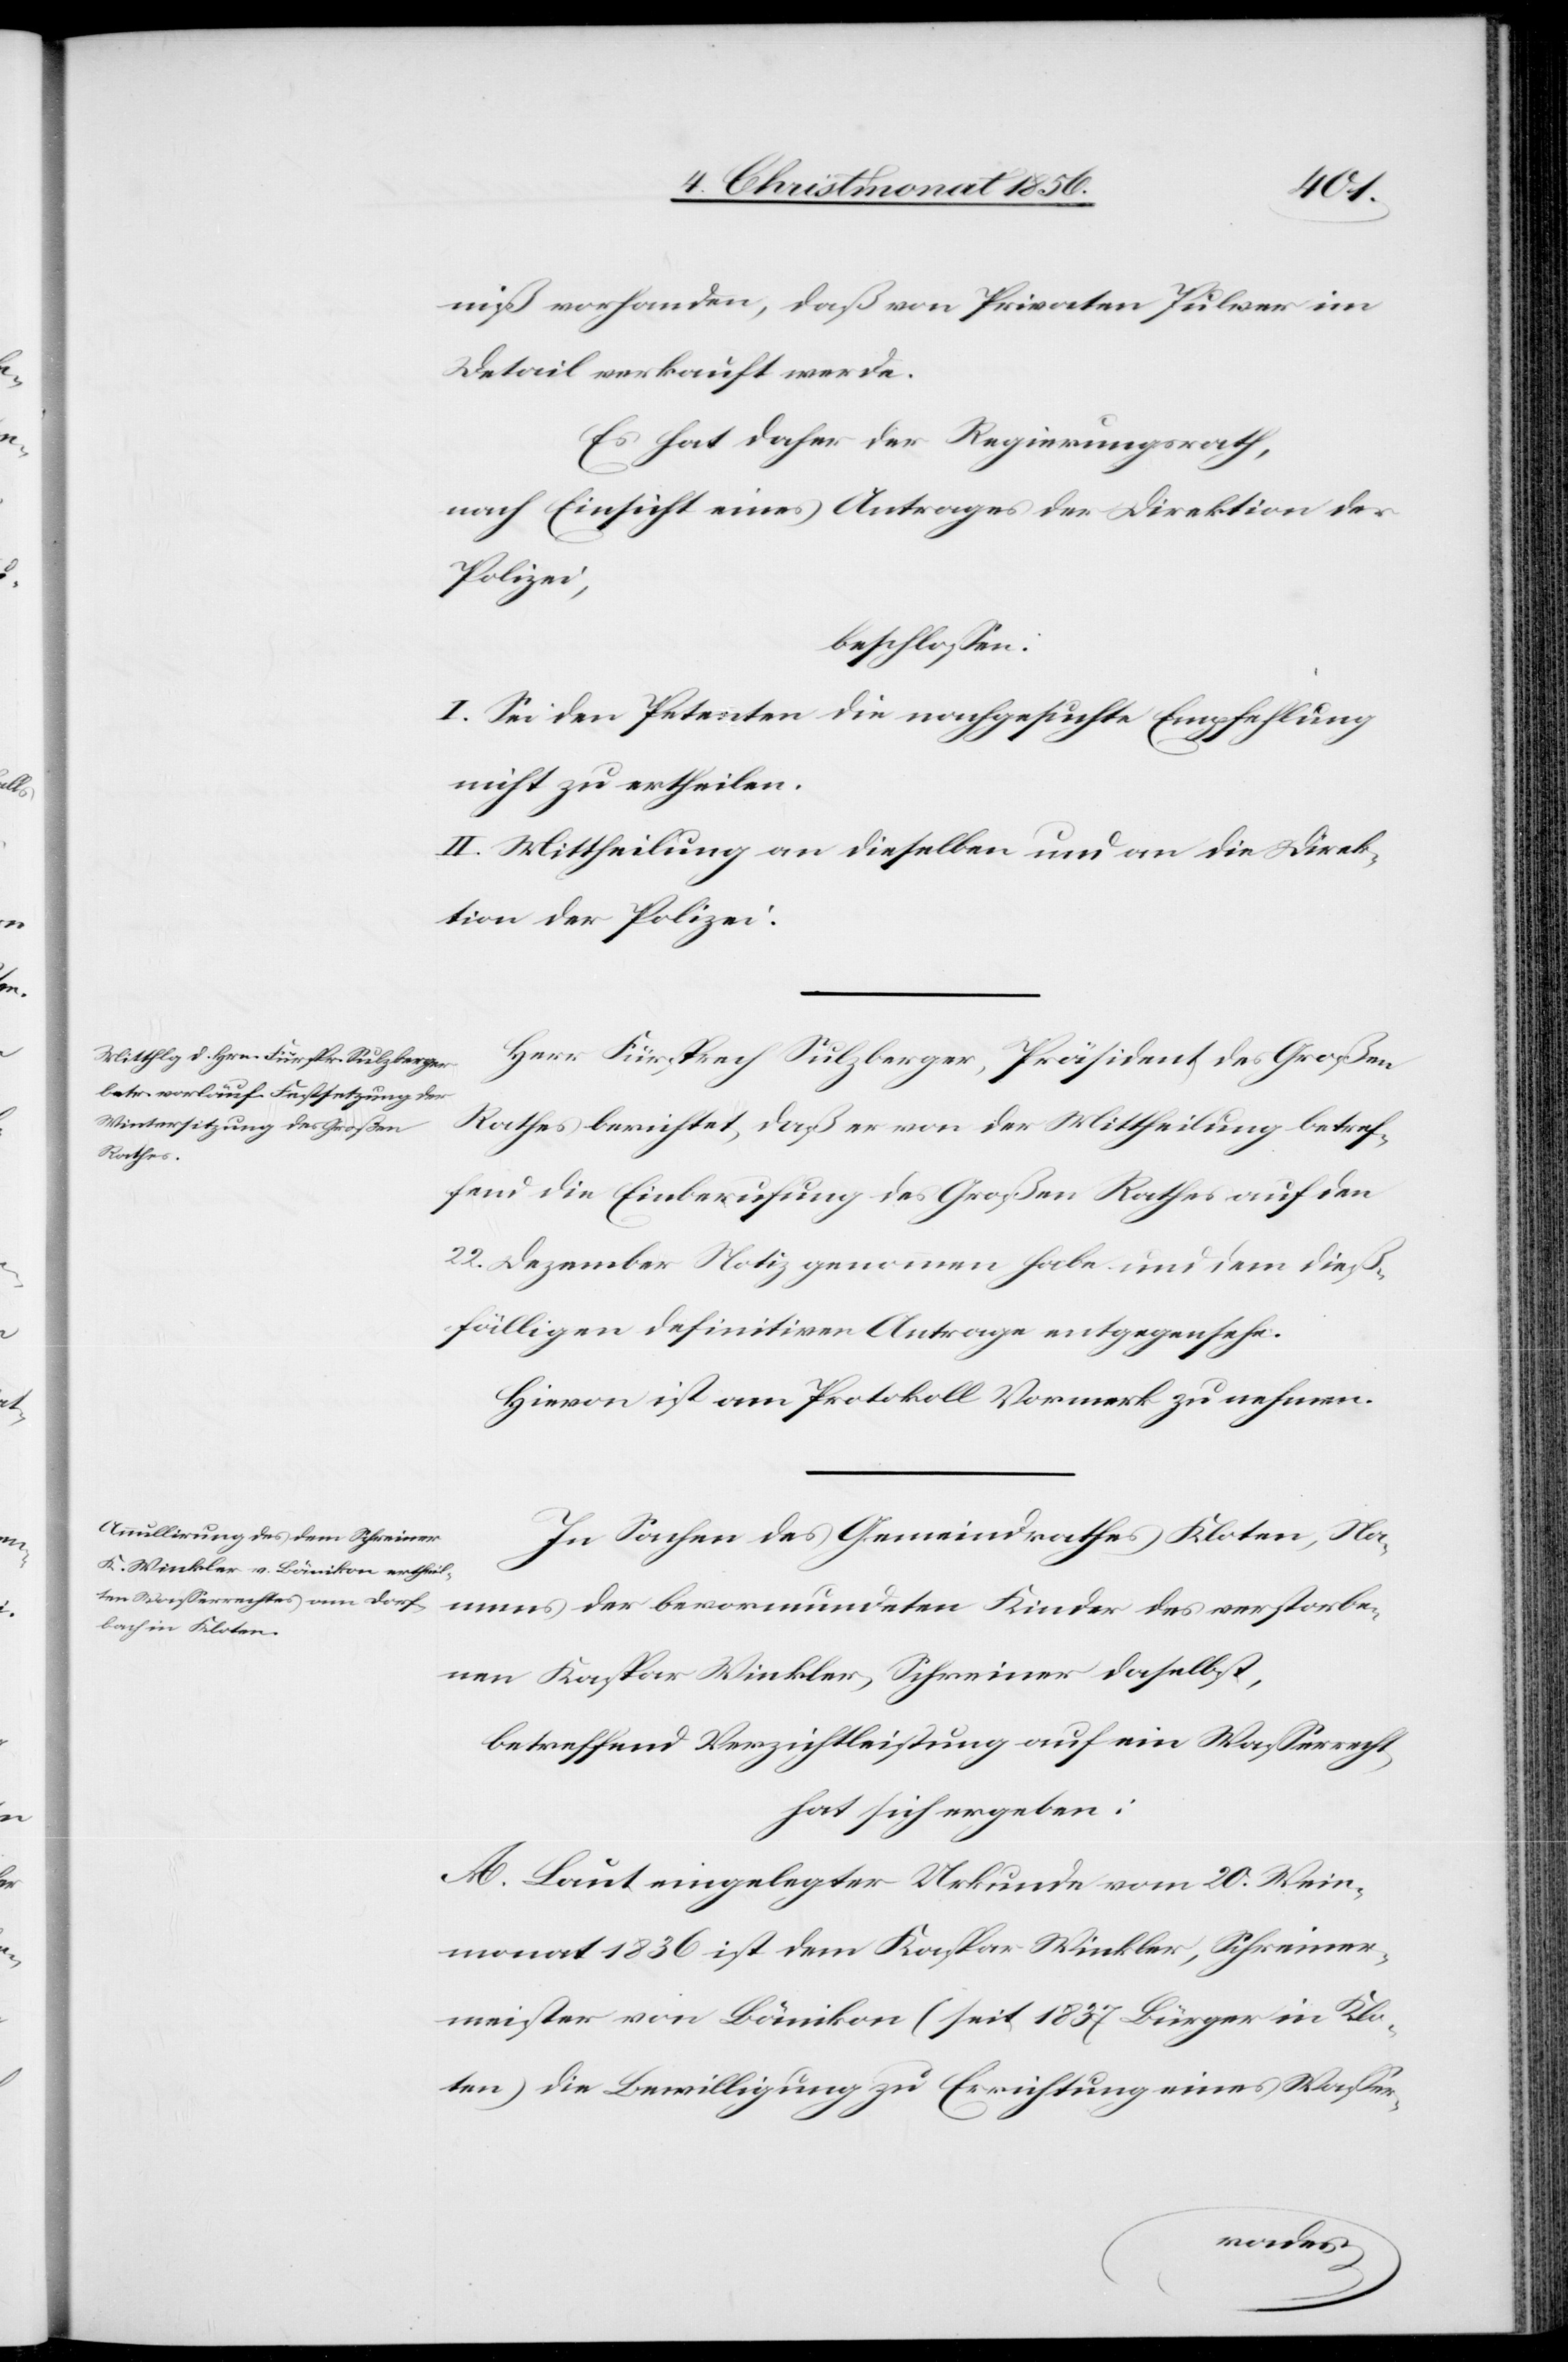
niß vorhanden, daß von Privaten Pulver im
Detail verkauft werde.
Es hat der Regierungsrath,
nach Einsicht eines Antrages der Direktion der
Polizei,
beschlossen:
I. Sei den Petenten die nachgesuchte Empfehlung
nicht zu ertheilen.
II. Mittheilung an dieselben und an die Direk¬
tion der Polizei.
Herr Fürsprech Sulzberger, Präsident des Großen
Rathes berichtet, daß er von der Mittheilung betref¬
fend die Einberufung des Großen Rathes auf den
22. Dezember Notiz genommen habe und dem dieß¬
fälligen definitiven Antrage entgegensehe.
Hievon ist am Protokoll Vormerk zu nehmen.
In Sachen des Gemeindrathes Kloten, Na¬
mens der bevormundeten Kinder des verstorbe¬
nen Kaspar Winkler, Schreiner daselbst,
betreffend Verzichtleistung auf ein Wasserrecht,
hat sich ergeben:
A. Laut eingelegter Urkunde vom 20. Wein¬
monat 1836 ist dem Kaspar Winkler, Schreiner¬
meister von Bänikon (seit 1837 Bürger in Klo¬
ten) die Bewilligung zu Errichtung eines Wasser-